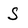
Character: S